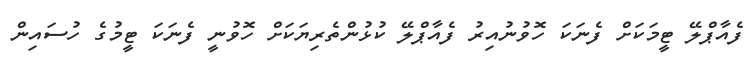
ފެއާޕްލޭ ޓީމަކަށް ފެނަކަ ހޮވުނުއިރު ފެއާޕްލޭ ކުޅުންތެރިޔަކަށް ހޮވުނީ ފެނަކަ ޓީމުގެ ހުސައިން